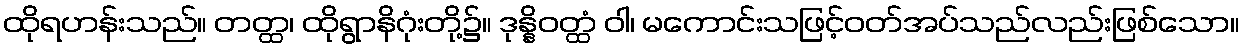
ထိုရဟန်းသည်။ တတ္ထ၊ ထိုရွာနိဂုံးတို့၌။ ဒုန္နိဝတ္ထံ ဝါ၊ မကောင်းသဖြင့်ဝတ်အပ်သည်လည်းဖြစ်သော။